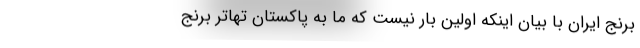
برنج ایران با بیان اینکه اولین بار نیست که ما به پاکستان تهاتر برنج